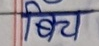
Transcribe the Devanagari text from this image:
बिच